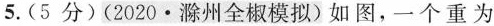
5.(5分)(2020·滁州全椒模拟)如图，一个重为